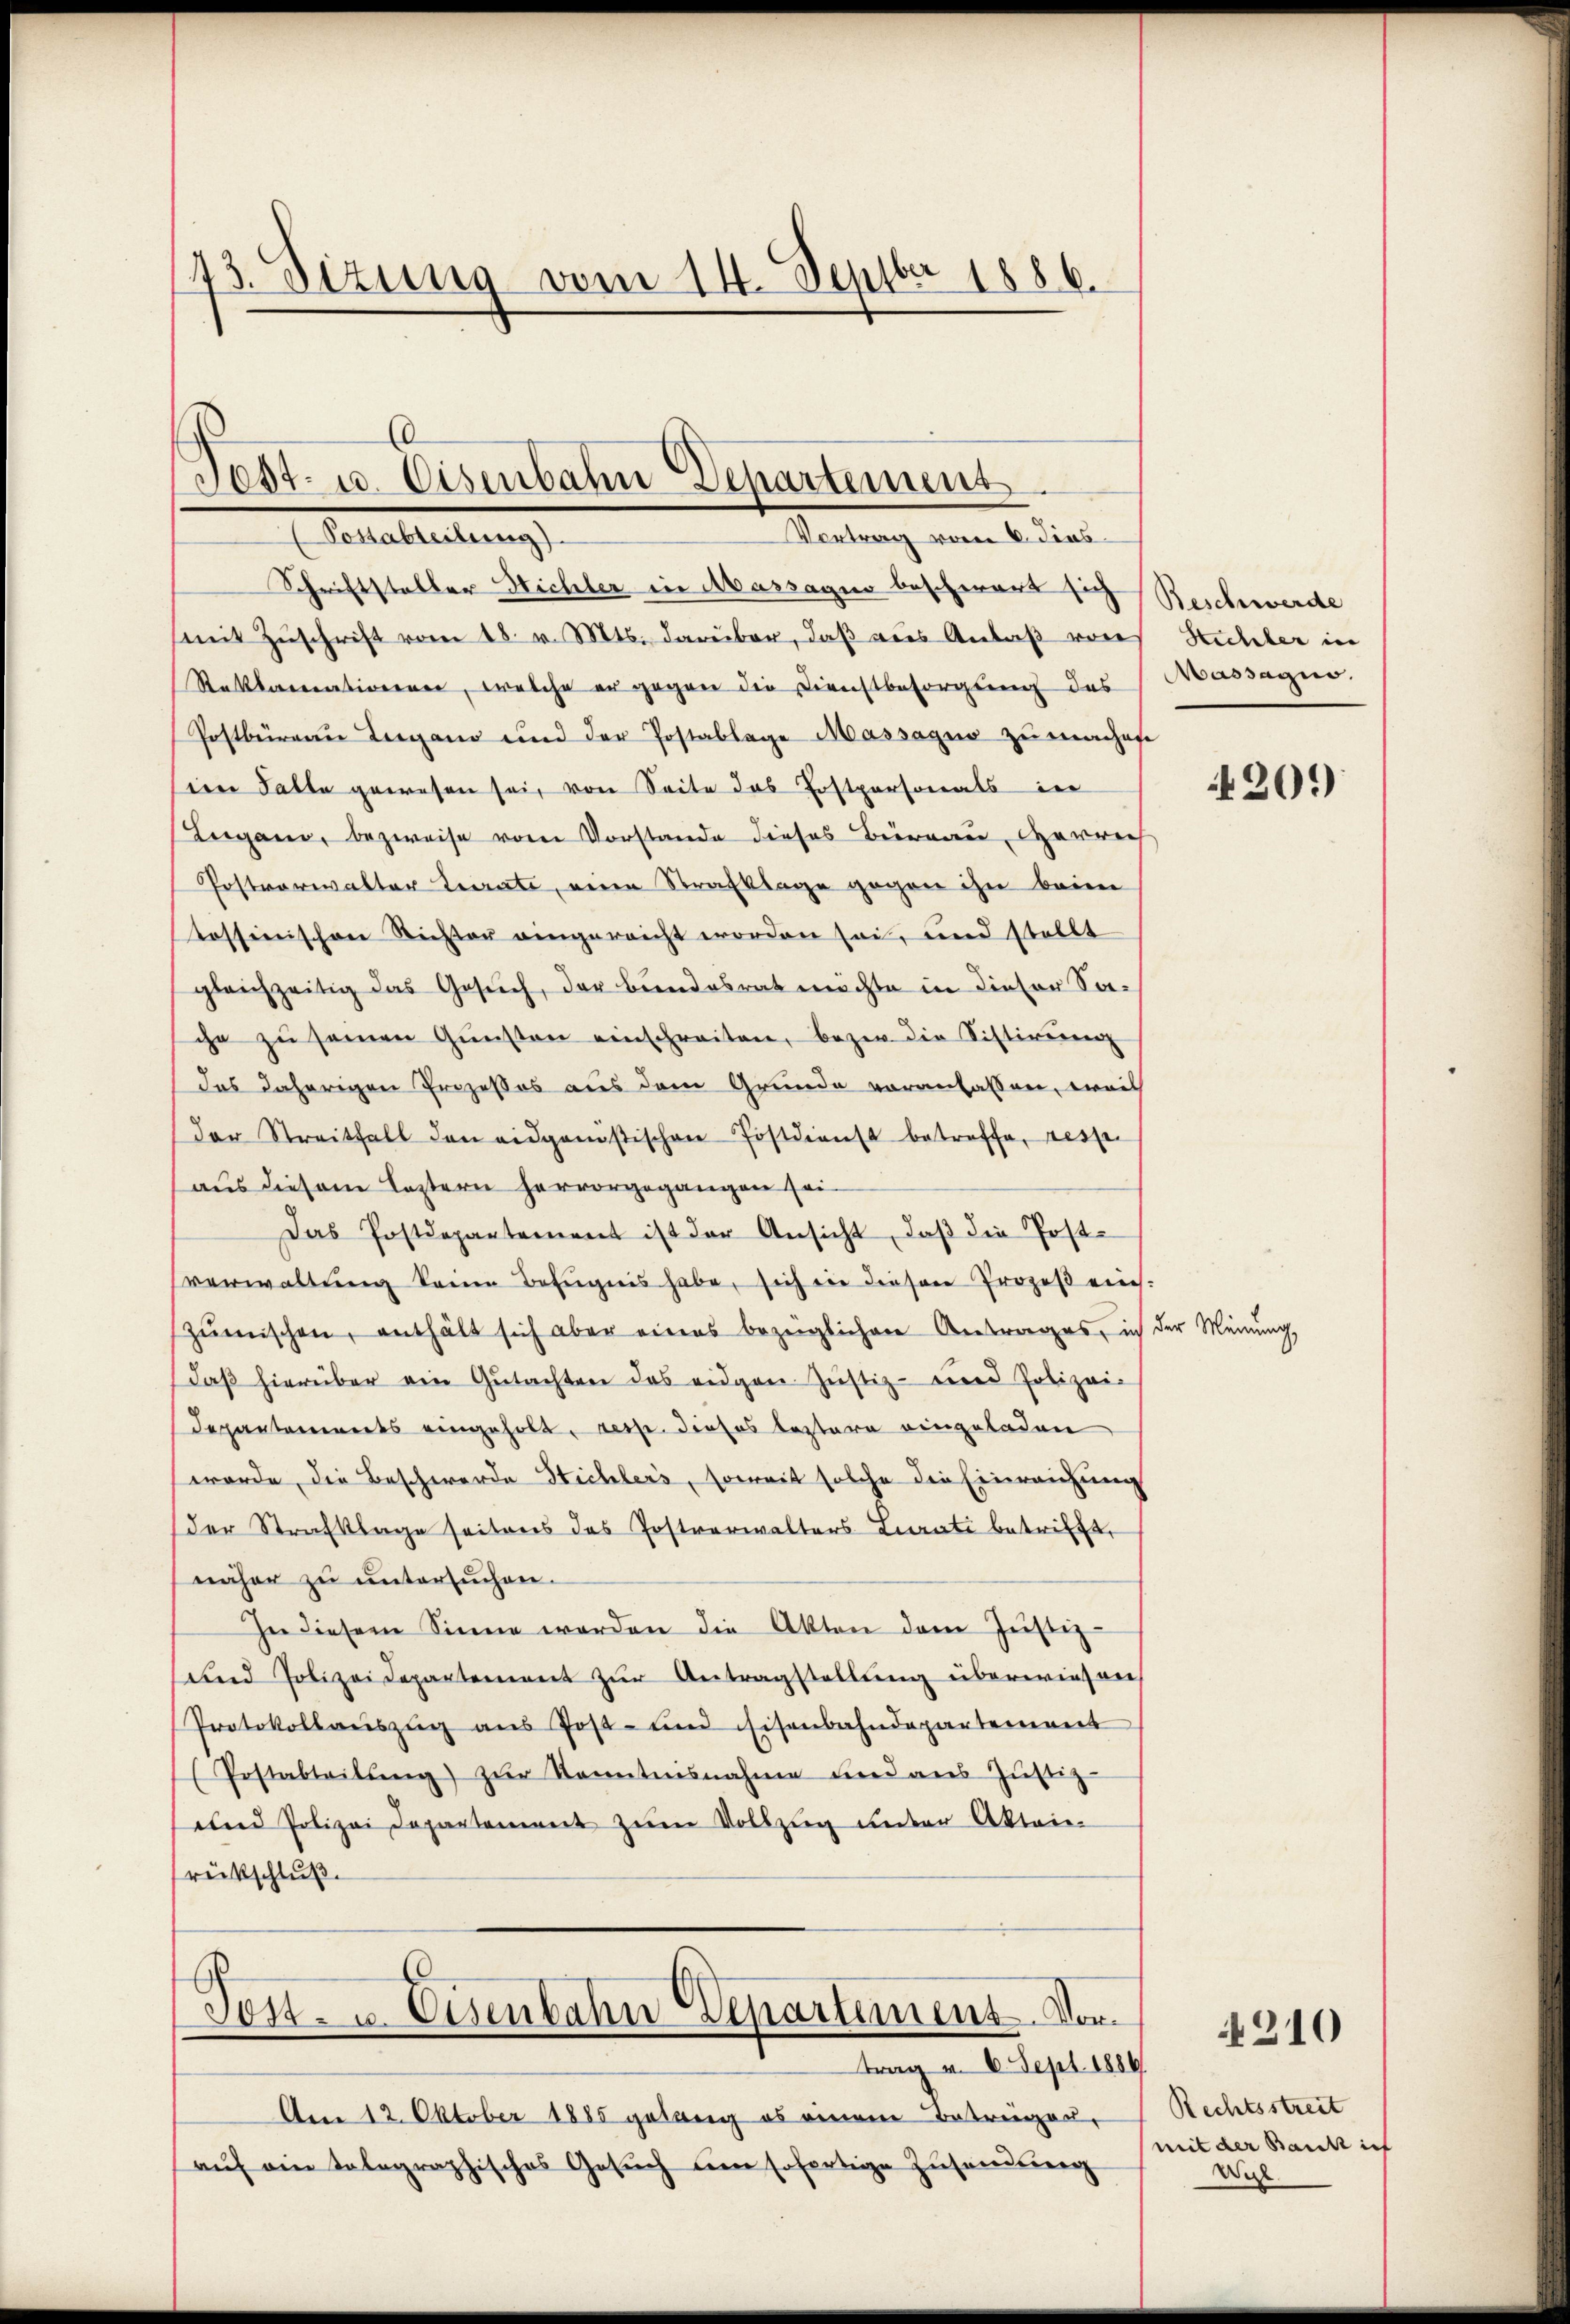
143. Sizung vom 14. Septbr 1886.

d
Test- u. Eisenbahn Departement
ASellaterlang
Vortrag vom 6. dies

Schriftstalter Michler in Massagio beschwert sich Beschwerde
(mit Zŭschrift vom 18. v. Mts. darüber, daß aus Anlaβ von
Reklamationen, welche er gegen die Dienstbesorgung des
Postbüreaŭ Lugano und der Postablage Massagio zu machen
iem Falle gewesen sei, von Seite das Postpersonals in
Lergans, bezweise vom Vorstande dieses Bernau, Herrech
Postverwalter Leirate, eine Strafklage gegen ihn beim
tossinischen Richter eingereicht worden sei, und stellt
gleichzeitig das Gesŭch, der Bundesrat möchte in dieser Sa-
che zŭ seinen Gŭnsten einschreiten, bezw. die Sistirung
das daherigen Prozesses aus dem Grunde voranlassen, weil
der Streitfall den eidgenößischen Postdienst betreffe, resse
aus diesem Leztern hervorgegangen sei¬
Das Postdepartement ist der Ansicht, daβ die Post-
verwaltŭng keine Befugnis habe, sich ein diesen Prozeβ ein-
zŭmischen, enthält sich aber eines bezeiglichen Antrages, ich der Meinŭng,
daβ hierüber ein Gŭtachten das eidgen Justiz- und Polizei-
departenwerts eingeholt, resp. dieses bestere eingeladen
worde, die Beschwerde Stichlers, soweit solche die Einreichung
der Strafklage seitens das Postverwalters Linati betrifft,
näher zu untersuchen.
In diesem Sinne werden die Akten dem Justiz-
und Polizei Departement zŭr Antragstellŭng überwiesen,
Protokollaŭszŭg ans Post- und Eisenbahndepartement
Postabteilŭng zŭr Kenntnisnahme und ans Jŭstiz-
und Polizei Departement zŭm Vollzug unter Akten
rütschluß.

Tost- u. Eisenbahn Departement. Vor¬

trag v. 6. Sept. 1886
Am 12. Oktober 1885 gelang es einem Betragen,
aŭf ein tolographisches Gesŭch um sofertige Zusendung

Stichher in
Massagio.

4209

210

Rechtsstreit
(mit der Bank ich
West